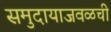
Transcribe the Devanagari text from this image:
समुदायाजवळची